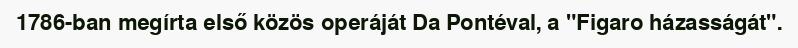
1786-ban megírta első közös operáját Da Pontéval, a "Figaro házasságát".